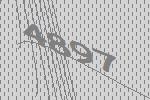
4897